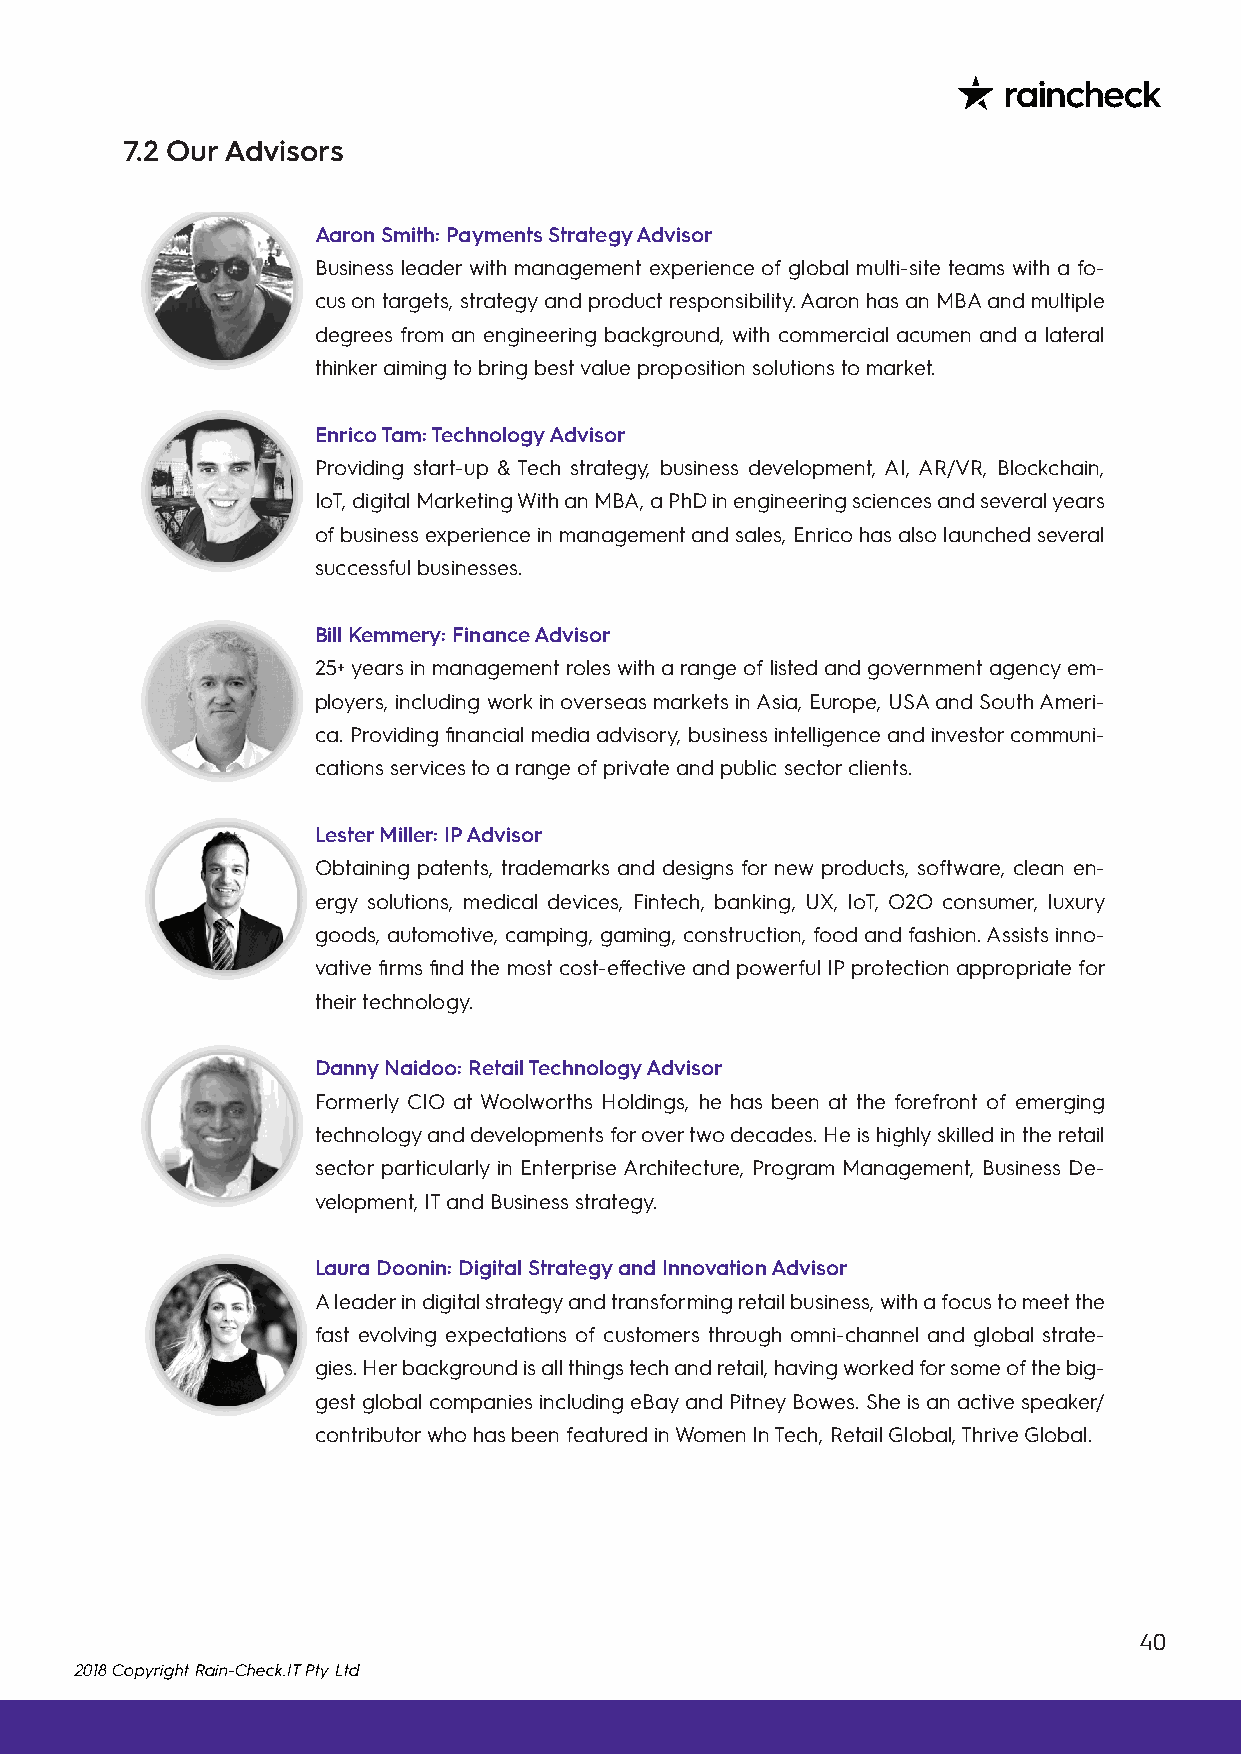
7.2 Our Advisors
 Aaron Smith: Payments Strategy Advisor
 Business leader with management experience of global multi-site teams with a fo-
 cus on targets, strategy and product responsibility. Aaron has an MBA and multiple
 degrees from an engineering background, with commercial acumen and a lateral
 thinker aiming to bring best value proposition solutions to market.
 Enrico Tam: Technology Advisor
 Providing start-up & Tech strategy, business development, AI, AR/VR, Blockchain,
 IoT, digital Marketing With an MBA, a PhD in engineering sciences and several years
 of business experience in management and sales, Enrico has also launched several
 successful businesses.
 Bill Kemmery: Finance Advisor
 25+ years in management roles with a range of listed and government agency em-
 ployers, including work in overseas markets in Asia, Europe, USA and South Ameri-
 ca. Providing financial media advisory, business intelligence and investor communi-
 cations services to a range of private and public sector clients.
 Lester Miller: IP Advisor
 Obtaining patents, trademarks and designs for new products, software, clean en-
 ergy solutions, medical devices, Fintech, banking, UX, IoT, O2O consumer, luxury
 goods, automotive, camping, gaming, construction, food and fashion. Assists inno-
 vative firms find the most cost-effective and powerful IP protection appropriate for
 their technology.
 Danny Naidoo: Retail Technology Advisor
 Formerly CIO at Woolworths Holdings, he has been at the forefront of emerging
 technology and developments for over two decades. He is highly skilled in the retail
 sector particularly in Enterprise Architecture, Program Management, Business De-
 velopment, IT and Business strategy.
 Laura Doonin: Digital Strategy and Innovation Advisor
 A leader in digital strategy and transforming retail business, with a focus to meet the
 fast evolving expectations of customers through omni-channel and global strate-
 gies. Her background is all things tech and retail, having worked for some of the big-
 gest global companies including eBay and Pitney Bowes. She is an active speaker/
 contributor who has been featured in Women In Tech, Retail Global, Thrive Global.
 40
 2018 Copyright Rain-Check.IT Pty Ltd